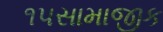
૧૫સામાજીક